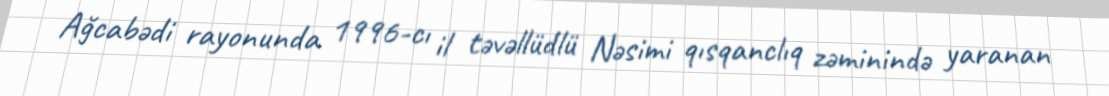
Ağcabədi rayonunda 1996-cı il təvəllüdlü Nəsimi qısqanclıq zəminində yaranan